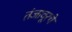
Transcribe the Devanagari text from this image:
तंजावूरचे